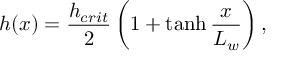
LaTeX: h ( x ) = \frac { h _ { c r i t } } { 2 } \left( 1 + \operatorname { t a n h } \frac { x } { L _ { w } } \right) ,